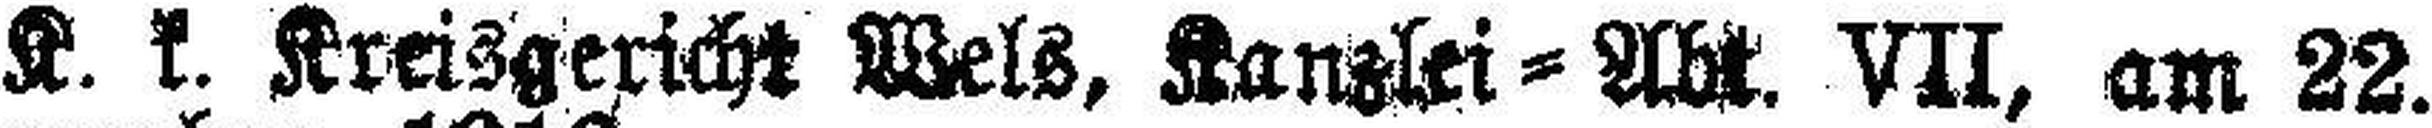
K. k. Kreisgericht Wels, Kanzlei = Abt. VII, am 22.